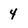
Character: 4